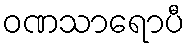
ဝဏသာရောပီ